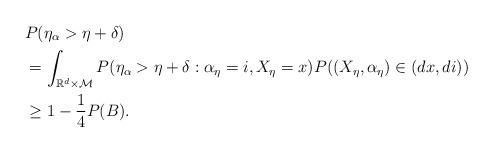
LaTeX: \begin{align*}&P(\eta_{\alpha} >\eta+ \delta)\\&= \int _{\mathbb R^d \times \mathcal M}P(\eta_{\alpha} >\eta+ \delta: \alpha_{\eta}=i, X_{\eta}=x )P((X_{\eta}, \alpha_{\eta})\in (dx,di))\\&\geq 1- \frac{1}{4}P(B).\end{align*}